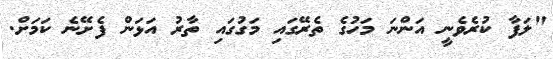
"ލަފާ ކުރެވެނީ އަންނަ މަހުގެ ތެރޭގައި މަގުގައި ތާރު އަޅަން ފެށޭނެ ކަމަށް.